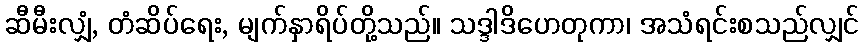
ဆီမီးလျှံ, တံဆိပ်ရေး, မျက်နှာရိပ်တို့သည်။ သဒ္ဒါဒိဟေတုကာ၊ အသံရင်းစသည်လျှင်